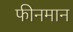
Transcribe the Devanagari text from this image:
फीनमान